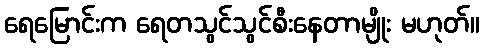
ရေမြောင်းက ရေတသွင်သွင်စီးနေတာမျိုး မဟုတ်။